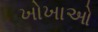
ખોખાઓ